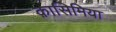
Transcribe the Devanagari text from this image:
क़ासिमिया